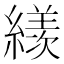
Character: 𦅗